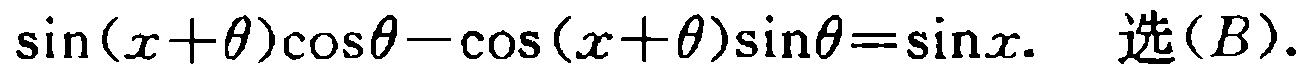
\(\sin(x+\theta)\cos\theta - \cos(x+\theta)\sin\theta=\sin x.\ 选(B).\)